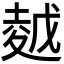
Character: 𡏜